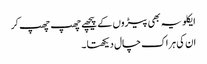
ایکلویہ بھی پیڑوں کے پیچھے چھپ چھپ کر
ان کی ہر اک چال دیکھتا ۔